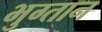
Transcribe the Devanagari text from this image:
भुग्तान